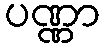
ပဏ္ဏာ